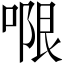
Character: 𭉑